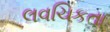
લવચિકતા